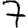
Digit: 7